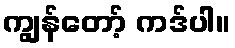
ကျွန်တော့် ကဒ်ပါ။